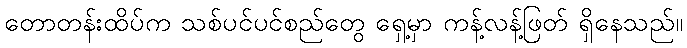
တောတန်းထိပ်က သစ်ပင်ပင်စည်တွေ ရှေ့မှာ ကန့်လန့်ဖြတ် ရှိနေသည်။